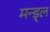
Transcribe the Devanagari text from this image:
मन्ड़्ल